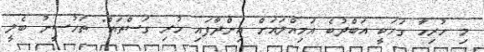
މި ހުރިހާ ގަހަކީ އަބްދުބެ އަމިއްލައަށް އިންދާފައި ހުރި ގަސްތައް" ތަހުސީނު ބެލީ